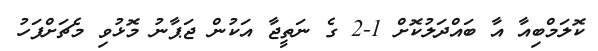
ކޮލަމްބިއާ އާ ބައްދަލުކޮށް 1-2 ގެ ނަތީޖާ އަކުން ޖަޕާނު މޮޅުވި މެޗަށްފަހު